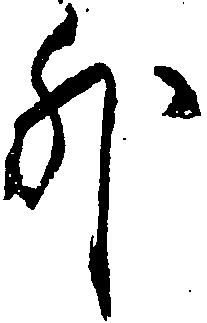
外